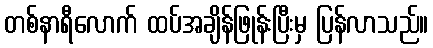
တစ်နာရီလောက် ထပ်အချိန်ဖြုန်းပြီးမှ ပြန်လာသည်။